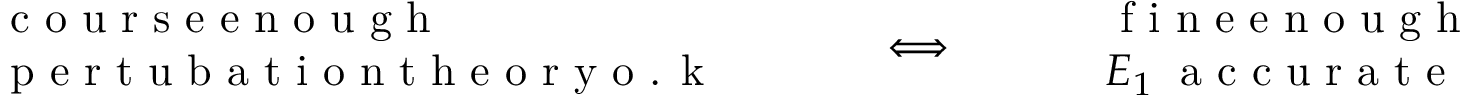
\begin{array} { r l r } { \begin{array} { l } { \textrm { c o u r s e e n o u g h } } \\ { \textrm { p e r t u b a t i o n t h e o r y o . k } } \end{array} \qquad } & { { } \Longleftrightarrow } & { \qquad \begin{array} { l } { \textrm { f i n e e n o u g h } } \\ { E _ { 1 } \; \textrm { a c c u r a t e } } \end{array} } \end{array}